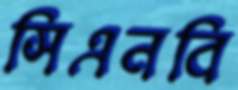
সিএনবি